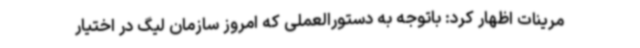
مرینات اظهار کرد: باتوجه به دستورالعملی که امروز سازمان لیگ در اختیار